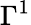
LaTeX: \Gamma^{1}